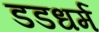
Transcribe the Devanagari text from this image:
डडधर्म